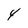
Character: 4